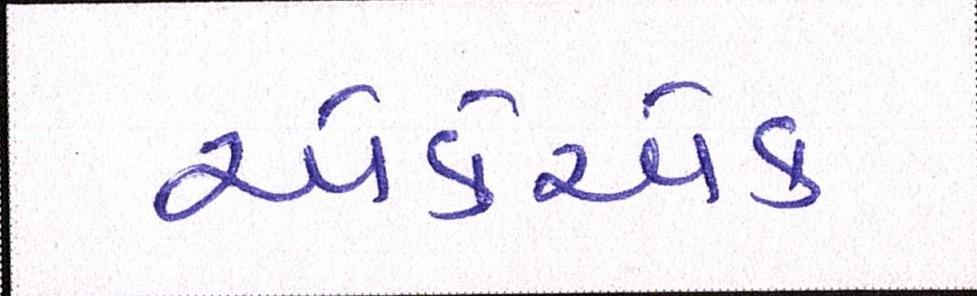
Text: એકેએક